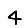
Digit: 4